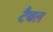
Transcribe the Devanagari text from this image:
टैबल